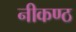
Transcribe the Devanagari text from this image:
नीकण्ठ